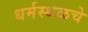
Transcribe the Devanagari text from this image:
धर्मस्थळचे